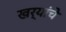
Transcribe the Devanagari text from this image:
खर्‍यांचे